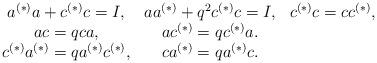
LaTeX: \begin{align*}\begin{array}{ccc}a^{(*)} a+c^{(*)} c=I, & a a^{(*)}+ q^{2}c^{(*)} c=I, & c^{(*)}c=c c^{(*)},\\a c=q c a, & a c^{(*)}=q c^{(*)} a.\\c^{(*)}a^{(*)} =q a^{(*)}c^{(*)}, & c a^{(*)}=q a^{(*)} c. \end{array}\end{align*}